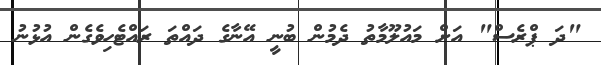
"ދަ ޕްރެސް" އަށް މައުލޫމާތު ދެމުން ބުނީ އޭނާގެ ދައްތަ ރައްޓެހިވެގެން އުޅުނު